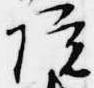
院